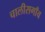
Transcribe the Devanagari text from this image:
चालीसगाँव